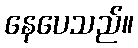
နေပေသည်။